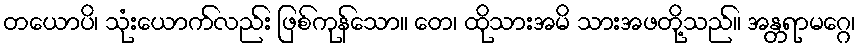
တယောပိ၊ သုံးယောက်လည်း ဖြစ်ကုန်သော။ တေ၊ ထိုသားအမိ သားအဖတို့သည်။ အန္တရာမဂ္ဂေ၊